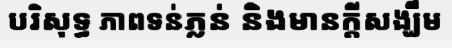
បរិសុទ្ធ ភាពទន់ភ្លន់ និងមានក្តីសង្ឃឹម